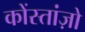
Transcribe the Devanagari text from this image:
कोंस्तांज़ो